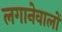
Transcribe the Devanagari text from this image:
लगानेवालों